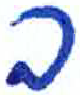
אות: ב